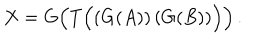
X = G \Big ( T \Big ( ( G ( A ) ) \, ( G ( B ) ) \Big ) \Big ) \, .